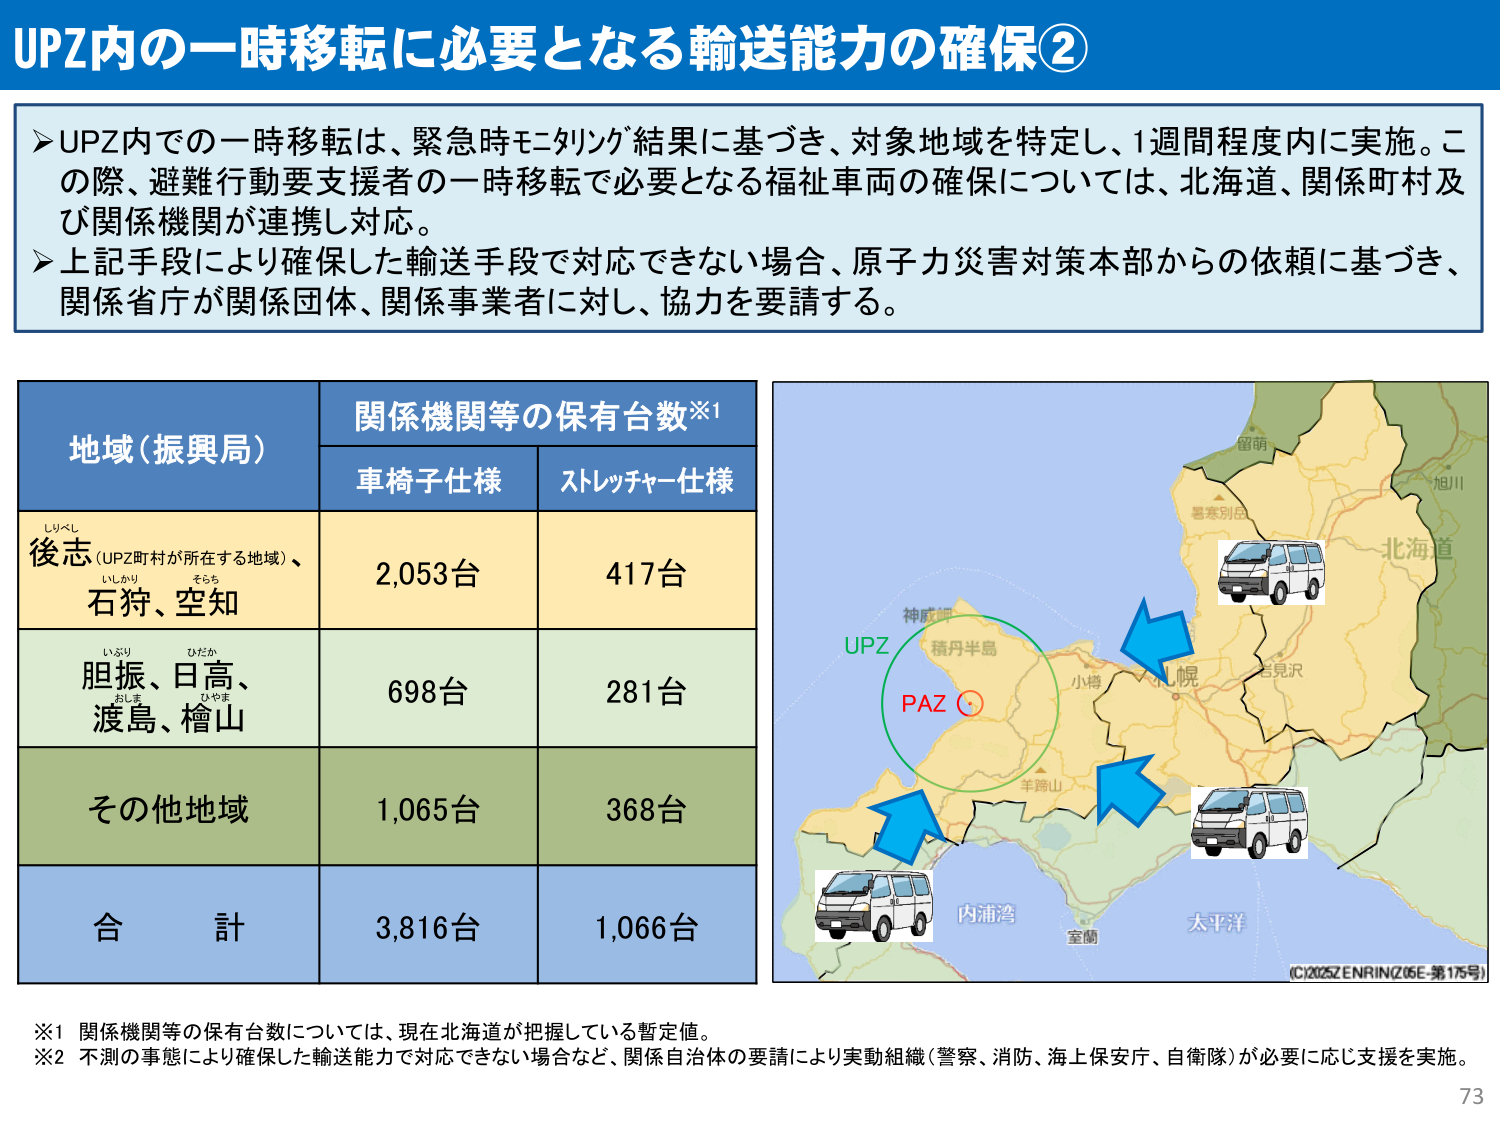
UPZ内の一時移転に必要となる輸送能力の確保②

➤UPZ内での一時移転は、緊急時モニタリング結果に基づき、対象地域を特定し、1週間程度内に実施。この際、避難行動要支援者の一時移転で必要となる福祉車両の確保については、北海道、関係町村及び関係機関が連携し対応。
➤上記手段により確保した輸送手段で対応できない場合、原子力災害対策本部からの依頼に基づき、関係省庁が関係団体、関係事業者に対し、協力を要請する。

地域（振興局）　　関係機関等の保有台数※1
　　　　　　　　　車椅子仕様　　ストレッチャー仕様

後志（UPZ町村が所在する地域）、
石狩、空知　　　　2,053台　　　　417台

胆振、日高、
渡島、檜山　　　　698台　　　　　281台

その他地域　　　　1,065台　　　　368台

合　計　　　　　　3,816台　　　　1,066台

※1 関係機関等の保有台数については、現在北海道が把握している暫定値。
※2 不測の事態により確保した輸送能力で対応できない場合など、関係自治体の要請により実動組織（警察、消防、海上保安庁、自衛隊）が必要に応じ支援を実施。

（C）2025 ZENRIN（Z05E-第175号）

73

UPZ
PAZ
神威岬
積丹半島
小樽
札幌
岩見沢
留萌
旭川
北海道
羊蹄山
内浦湾
室蘭
太平洋